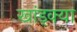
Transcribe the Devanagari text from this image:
खांड्क्या